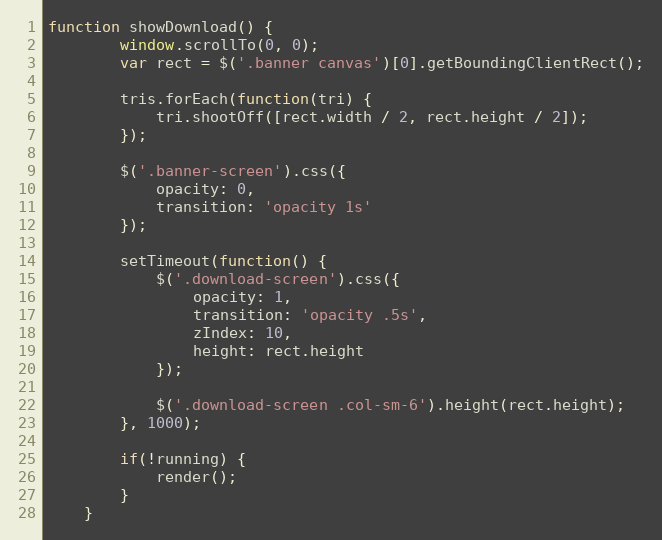
Language: JavaScript
function showDownload() {
        window.scrollTo(0, 0);
        var rect = $('.banner canvas')[0].getBoundingClientRect();

        tris.forEach(function(tri) {
            tri.shootOff([rect.width / 2, rect.height / 2]);
        });

        $('.banner-screen').css({
            opacity: 0,
            transition: 'opacity 1s'
        });

        setTimeout(function() {
            $('.download-screen').css({
                opacity: 1,
                transition: 'opacity .5s',
                zIndex: 10,
                height: rect.height
            });

            $('.download-screen .col-sm-6').height(rect.height);
        }, 1000);

        if(!running) {
            render();
        }
    }